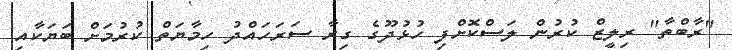
"ރާބްތާ" ރިލީޒް ކުރުން ލަސްކޮށްފި ހުޅުދޫގެ ގިރާ ސަރަހައްދު ހިމާޔަތް ކުރުމަށް ބަޔަކާއި